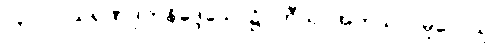
၁၃၀၁။ သရဏဒုကနိဒ္ဒေသေ၊ ၌။ တီသု, အကုသလမူလေသု၊